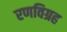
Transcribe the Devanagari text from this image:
रणविग्रह